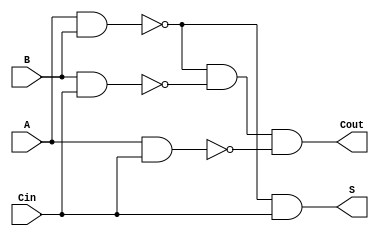
module NegativeCircuitFullAdder (
    input wire A,    // First input bit (active low)
    input wire B,    // Second input bit (active low)
    input wire Cin,  // Carry-in bit (active low)
    output wire S,   // Sum output bit (active low)
    output wire Cout  // Carry-out output bit (active low)
);

    // Intermediate signals for the logic operations
    wire A_xor_B;        // A XOR B
    wire A_and_B;        // A AND B
    wire B_and_Cin;      // B AND Cin
    wire A_and_Cin;      // A AND Cin
    wire sum_temp;       // Temporary sum signal
    wire carry_temp;     // Temporary carry signal

    // Compute A XOR B
    assign A_xor_B = ~(A & B); // A XOR B in negative logic

    // Compute the sum S = ~(A XOR B XOR Cin)
    assign sum_temp = ~(A_xor_B & Cin); // Intermediate sum calculation
    assign S = ~sum_temp; // Final sum output (active low)

    // Compute Cout = ~(A AND B OR B AND Cin OR A AND Cin)
    assign A_and_B = ~(A & B);
    assign B_and_Cin = ~(B & Cin);
    assign A_and_Cin = ~(A & Cin);
    
    assign carry_temp = ~(A_and_B & B_and_Cin & A_and_Cin); // Intermediate carry calculation
    assign Cout = ~carry_temp; // Final carry output (active low)

endmodule